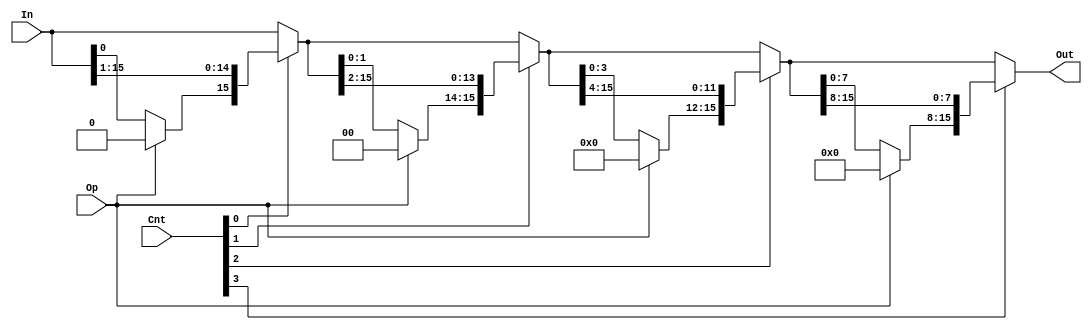
module shift_right(In, Cnt, Op, Out);
    parameter   N = 16;
    parameter   C = 4;

    input [N-1:0]   In;
    input [C-1:0]   Cnt;
    input Op;
    output [N-1:0]  Out;
    
    wire [N-1:0] shift_1, shift_2, shift_4;

    assign shift_1 = (Cnt[0]) ? {((Op) ? 1'b0 : In[0]), In[15: 1]} : In;
    assign shift_2 = (Cnt[1]) ? {((Op) ? 2'b0 : shift_1[1:0]), shift_1[15: 2]} : shift_1;
    assign shift_4 = (Cnt[2]) ? {((Op) ? 4'b0 : shift_2[3:0]), shift_2[15: 4]} : shift_2;
    assign Out = (Cnt[3]) ? {((Op) ? 8'b0 : shift_4[7:0]), shift_4[15: 8]} : shift_4;

endmodule // shift_right